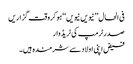
فی الحال ’’نیویں نیویں‘‘ ہو کروقت گزاریں
صدرٹرمپ کی ٹریڈ وار
فیض اپنی اولاد سے شرمندہ ہیں۔